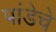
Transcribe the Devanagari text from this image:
पांडेचे